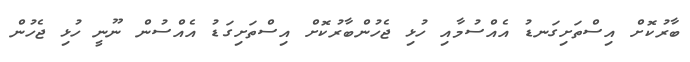
ބާރުކޮށް އިސްތަށިގަނޑު އެއްސުމާއި ހުޅި ޖެހުންބާރުކޮށް އިސްތަށިގަޑު އެއްސުން ނޫނީ ހުޅި ޖެހުން